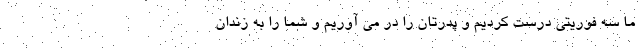
ما سه فوریتی درست کردیم و پدرتان را در می آوریم و شما را به زندان